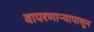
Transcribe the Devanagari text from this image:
वापरणार्‍यापासून